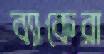
ব্যাকেরা